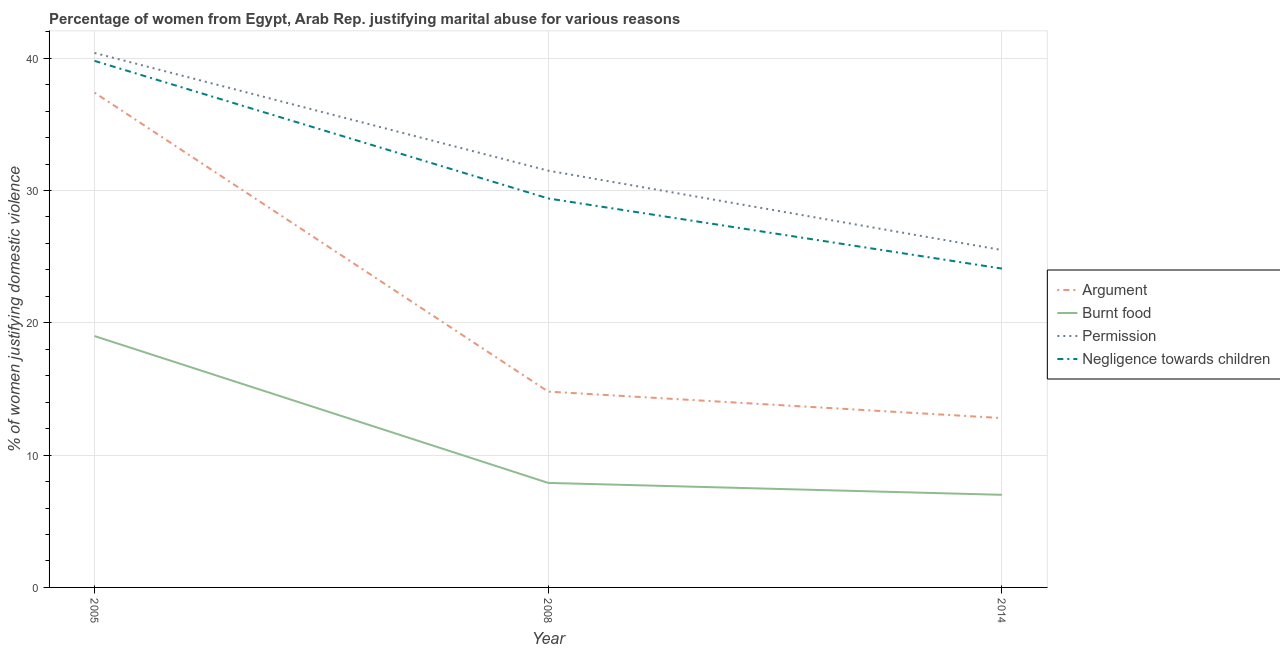
| Year | Argument | Burnt food | Permission | Negligence towards children |
 | --- | --- | --- | --- | --- |
 | 2005 | 37.4 | 19 | 40.4 | 39.8 |
 | 2008 | 14.8 | 7.9 | 31.5 | 29.4 |
 | 2014 | 12.8 | 7 | 25.5 | 24.1 |